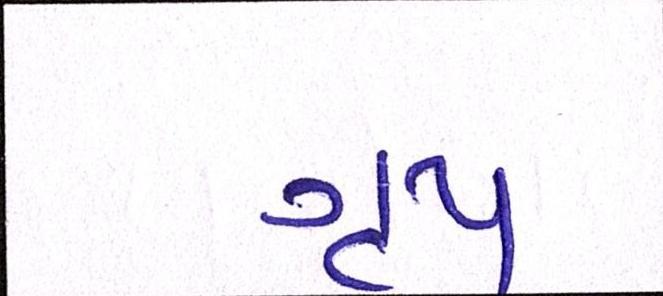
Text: ગૃપ